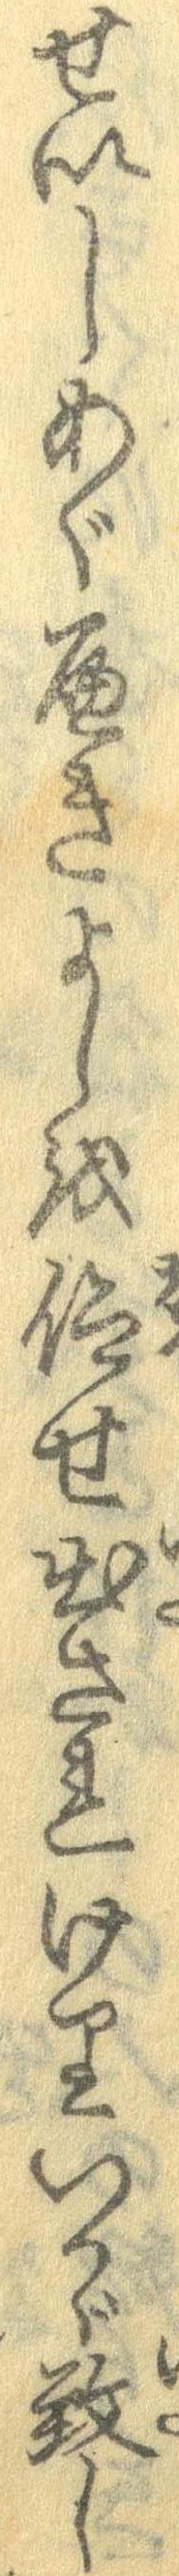
せいしあぐへきよしを仰せ出されけりいかゞ致し